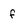
Character: f